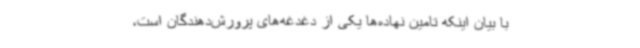
با بیان اینکه تامین نهاده‌ها یکی از دغدغه‌های پرورش‌دهندگان است،